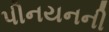
પીનયનની